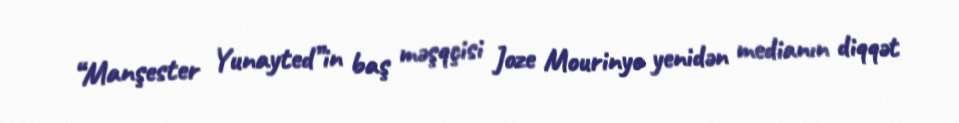
“Manşester Yunayted”in baş məşqçisi Joze Mourinyo yenidən medianın diqqət